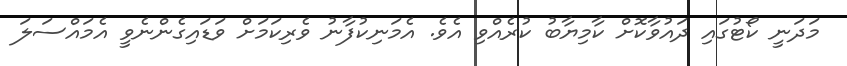
މަދަނީ ކޯޓުގައި ދައުވާކޮށް ކާމިޔާބު ކުރެއްވި އެވެ. އެމަނިކުފާނު ވެރިކަމަށް ވަޑައިގެންނެވީ އެމައްސަލަ